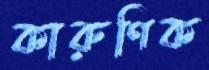
কারুণিক